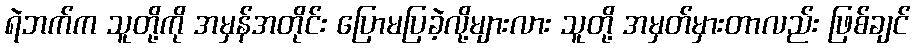
ရဲဘက်က သူတို့ကို အမှန်အတိုင်း ပြောမပြခဲ့လို့များလား သူတို့ အမှတ်မှားတာလည်း ဖြစ်ချင်